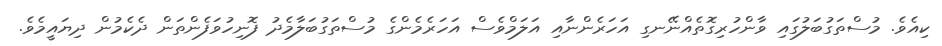
ކިއެވެ. މުސްތަގުބަލުގައި ވާންހުރިގޮތެއްނޭނގި އަހަރެންނާއި އަލަމްވެސް އަހަރެމެންގެ މުސްތަގުބަލާމެދު ފޮނިހުވަފެންތަން ދެކެމުން ދިޔައީމެވެ.